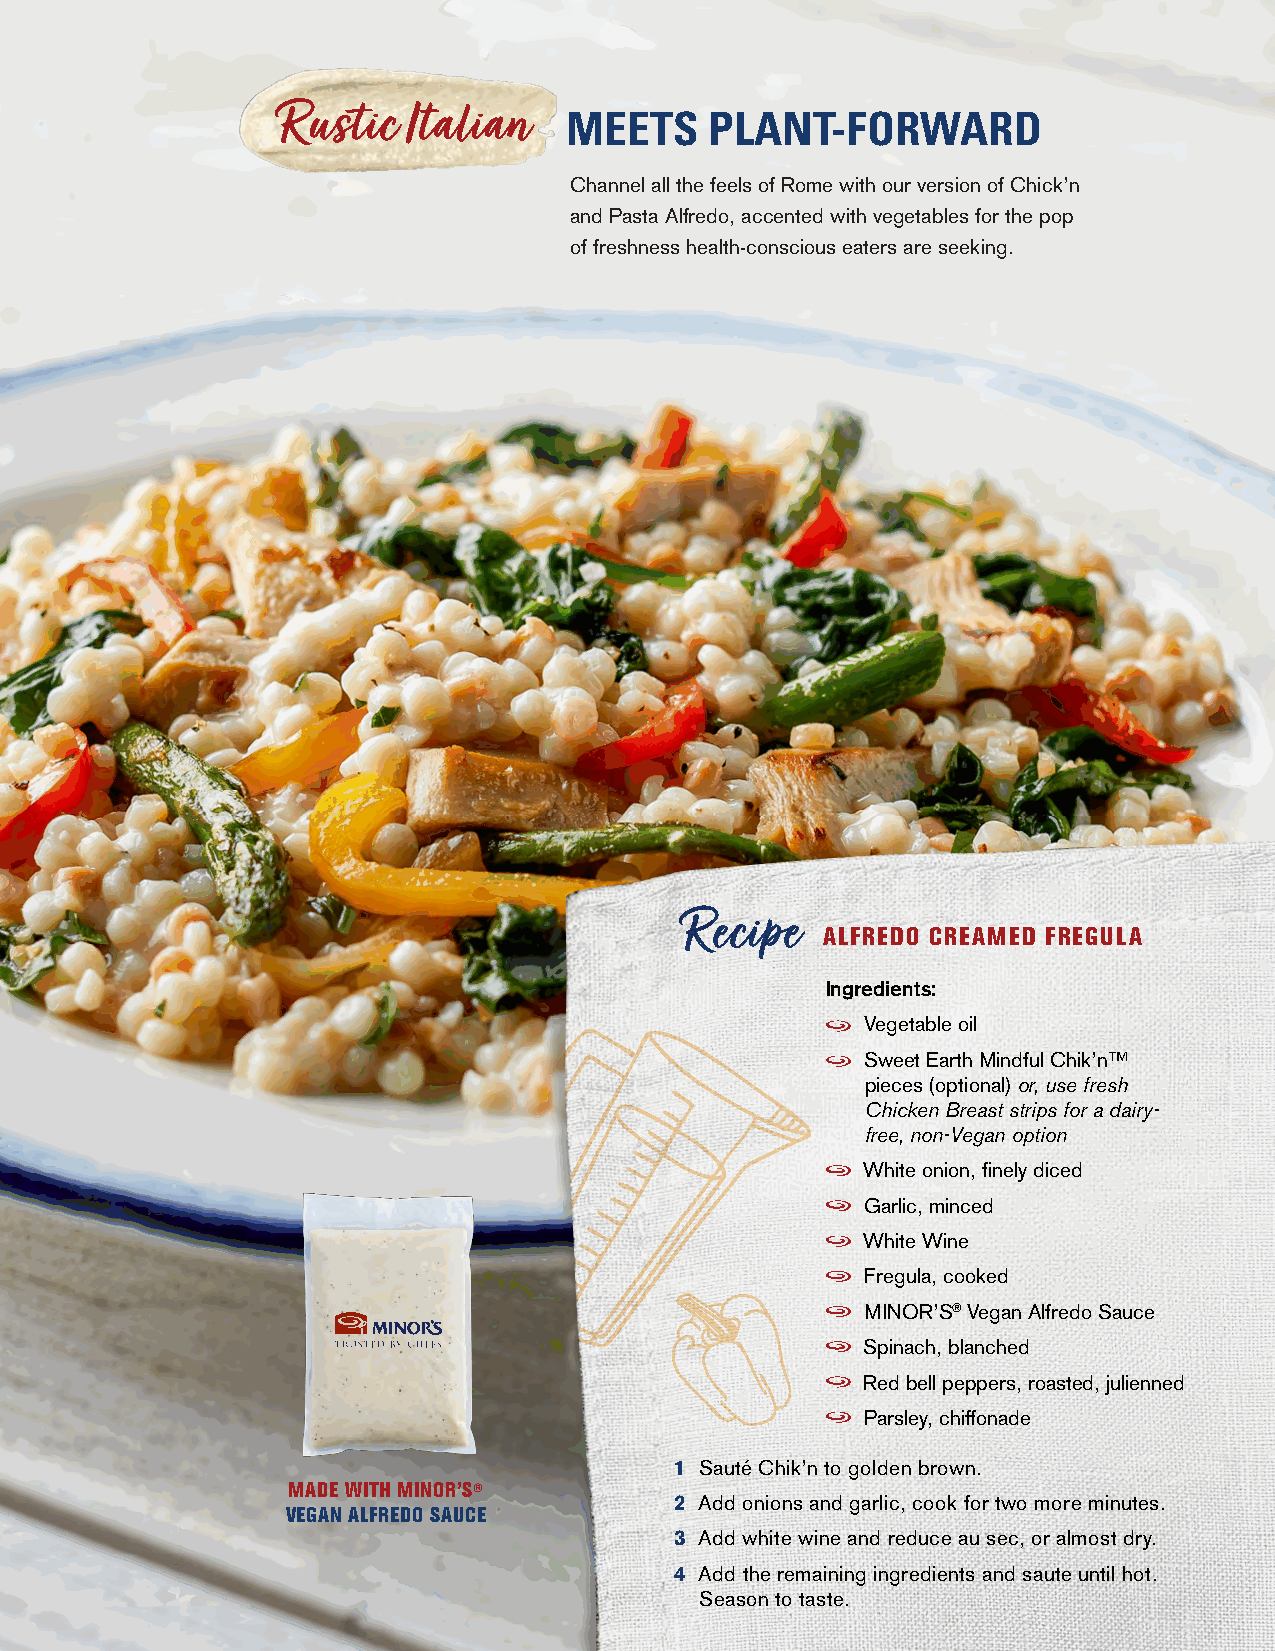
Rustic   Italian
 MEETS     PLANT-FORWARD
 Channel all the feels of Rome with our version of Chick’n
 and Pasta Alfredo, accented with vegetables for the pop
 of freshness health-conscious eaters are seeking.
 Recipe
 ALFREDO CREAMED FREGULA
 Ingredients:
 Vegetable oil
 Sweet Earth Mindful Chik’n™
 pieces (optional) or, use fresh
 Chicken Breast strips for a dairy-
 free, non-Vegan option
 White onion, finely diced
 Garlic, minced
 White Wine
 Fregula, cooked
 MINOR’S® Vegan Alfredo Sauce
 Spinach, blanched
 Red bell peppers, roasted, julienned
 Parsley, chiffonade
 1 Sauté Chik’n to golden brown.
 MADE WITH MINOR’S®
 2 Add onions and garlic, cook for two more minutes.
 VEGAN ALFREDO SAUCE
 3 Add white wine and reduce au sec, or almost dry.
 4 Add the remaining ingredients and saute until hot.
 Season to taste.